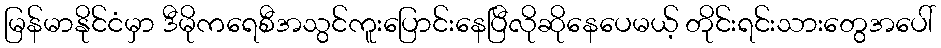
မြန်မာနိုင်ငံမှာ ဒီမိုကရေစီအသွင်ကူးပြောင်းနေပြီလိုဆိုနေပေမယ့် တိုင်းရင်းသားတွေအပေါ်